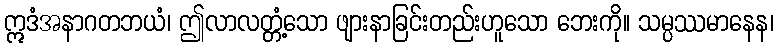
ဣဒံအနာဂတဘယံ၊ ဤလာလတ္တံ့သော ဖျားနာခြင်းတည်းဟူသော ဘေးကို။ သမ္ပဿမာနေန၊